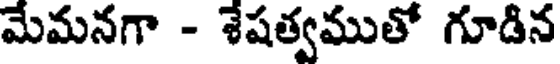
మేమనగా - శేషత్వముతో గూడిన